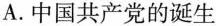
A.中国共产党的诞生